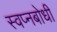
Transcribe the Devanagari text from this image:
स्वप्नबोधी